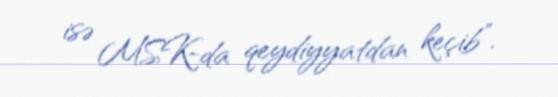
isə MSK-da qeydiyyatdan keçib”.